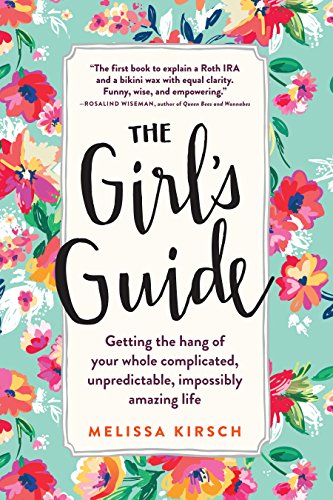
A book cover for The Girl's Guide: Getting the hang of your whole complicated, unpredictable, impossibly amazing life; Melissa Kirsch; Self-Help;